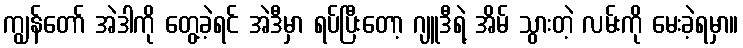
ကျွန်တော် အဲဒါကို တွေ့ခဲ့ရင် အဲဒီမှာ ရပ်ပြီးတော့ ဂျူဒီရဲ့ အိမ် သွားတဲ့ လမ်းကို မေးခဲ့ရမှာ။